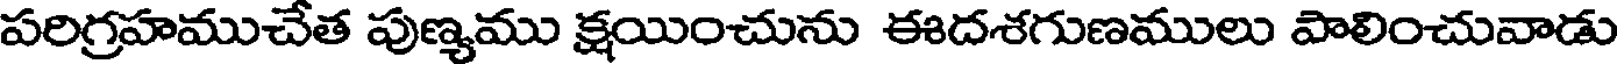
పరిగ్రహముచేత పుణ్యము క్షయించును ఈదశగుణములు పాలించువాడు